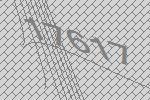
17617